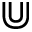
\Cup